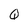
Character: Q